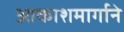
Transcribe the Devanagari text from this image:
आकाशमार्गाने